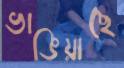
ভাঙিয়াছে